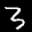
Label: 3